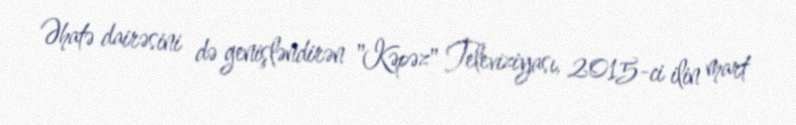
Əhatə dairəsini də genişləndirən "Kəpəz" Televiziyası, 2015-ci ilin mart